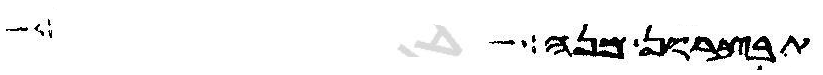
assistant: תבצרון מנה